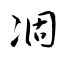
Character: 凅